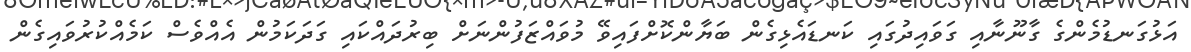
އަޅުގަނޑުމެންގެ ގާނޫނާއި ގަވައިދުގައި ކަނޑައެޅިގެން ބަޔާންކޮށްފައިވޭ މުވައްޒަފުންނަށް ބިރުދައްކައި ގަދަކަމުން އެއްވެސް ކަމެއްކުރުވައިގެން